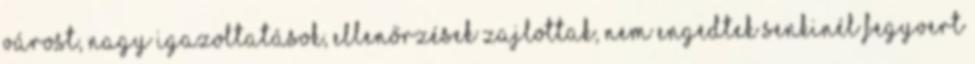
várost, nagy igazoltatások, ellenőrzések zajlottak, nem engedtek senkinél fegyvert